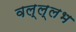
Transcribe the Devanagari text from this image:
वल्ल्लभ